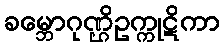
ခမ္ဘောဂုဏ္ဌိဥက္ကုဋိကာ